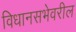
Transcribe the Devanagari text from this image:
विधानसभेवरील